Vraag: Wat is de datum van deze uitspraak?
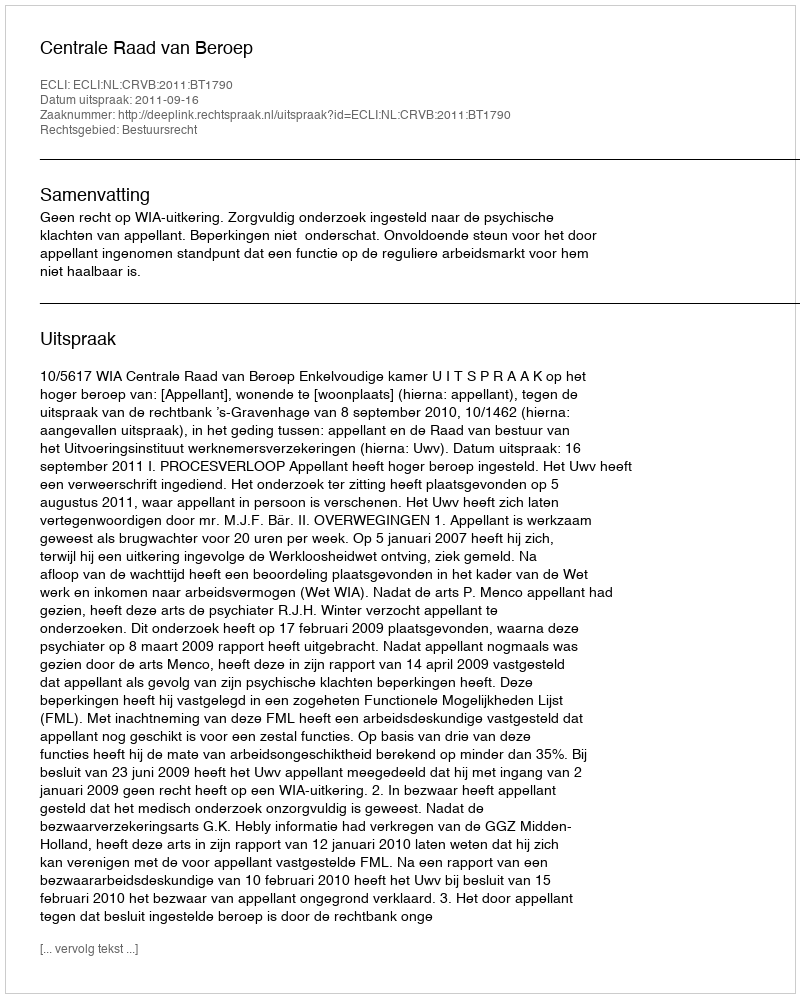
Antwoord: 2011-09-16